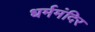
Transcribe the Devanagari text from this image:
धर्ममंदिर